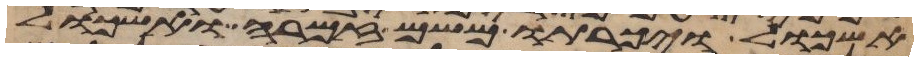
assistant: אשכול ויכרתו משם זמרה ואשכול